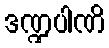
ဒဏ္ဍပါဏိ